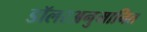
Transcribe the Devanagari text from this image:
डॉलरअनुमानित